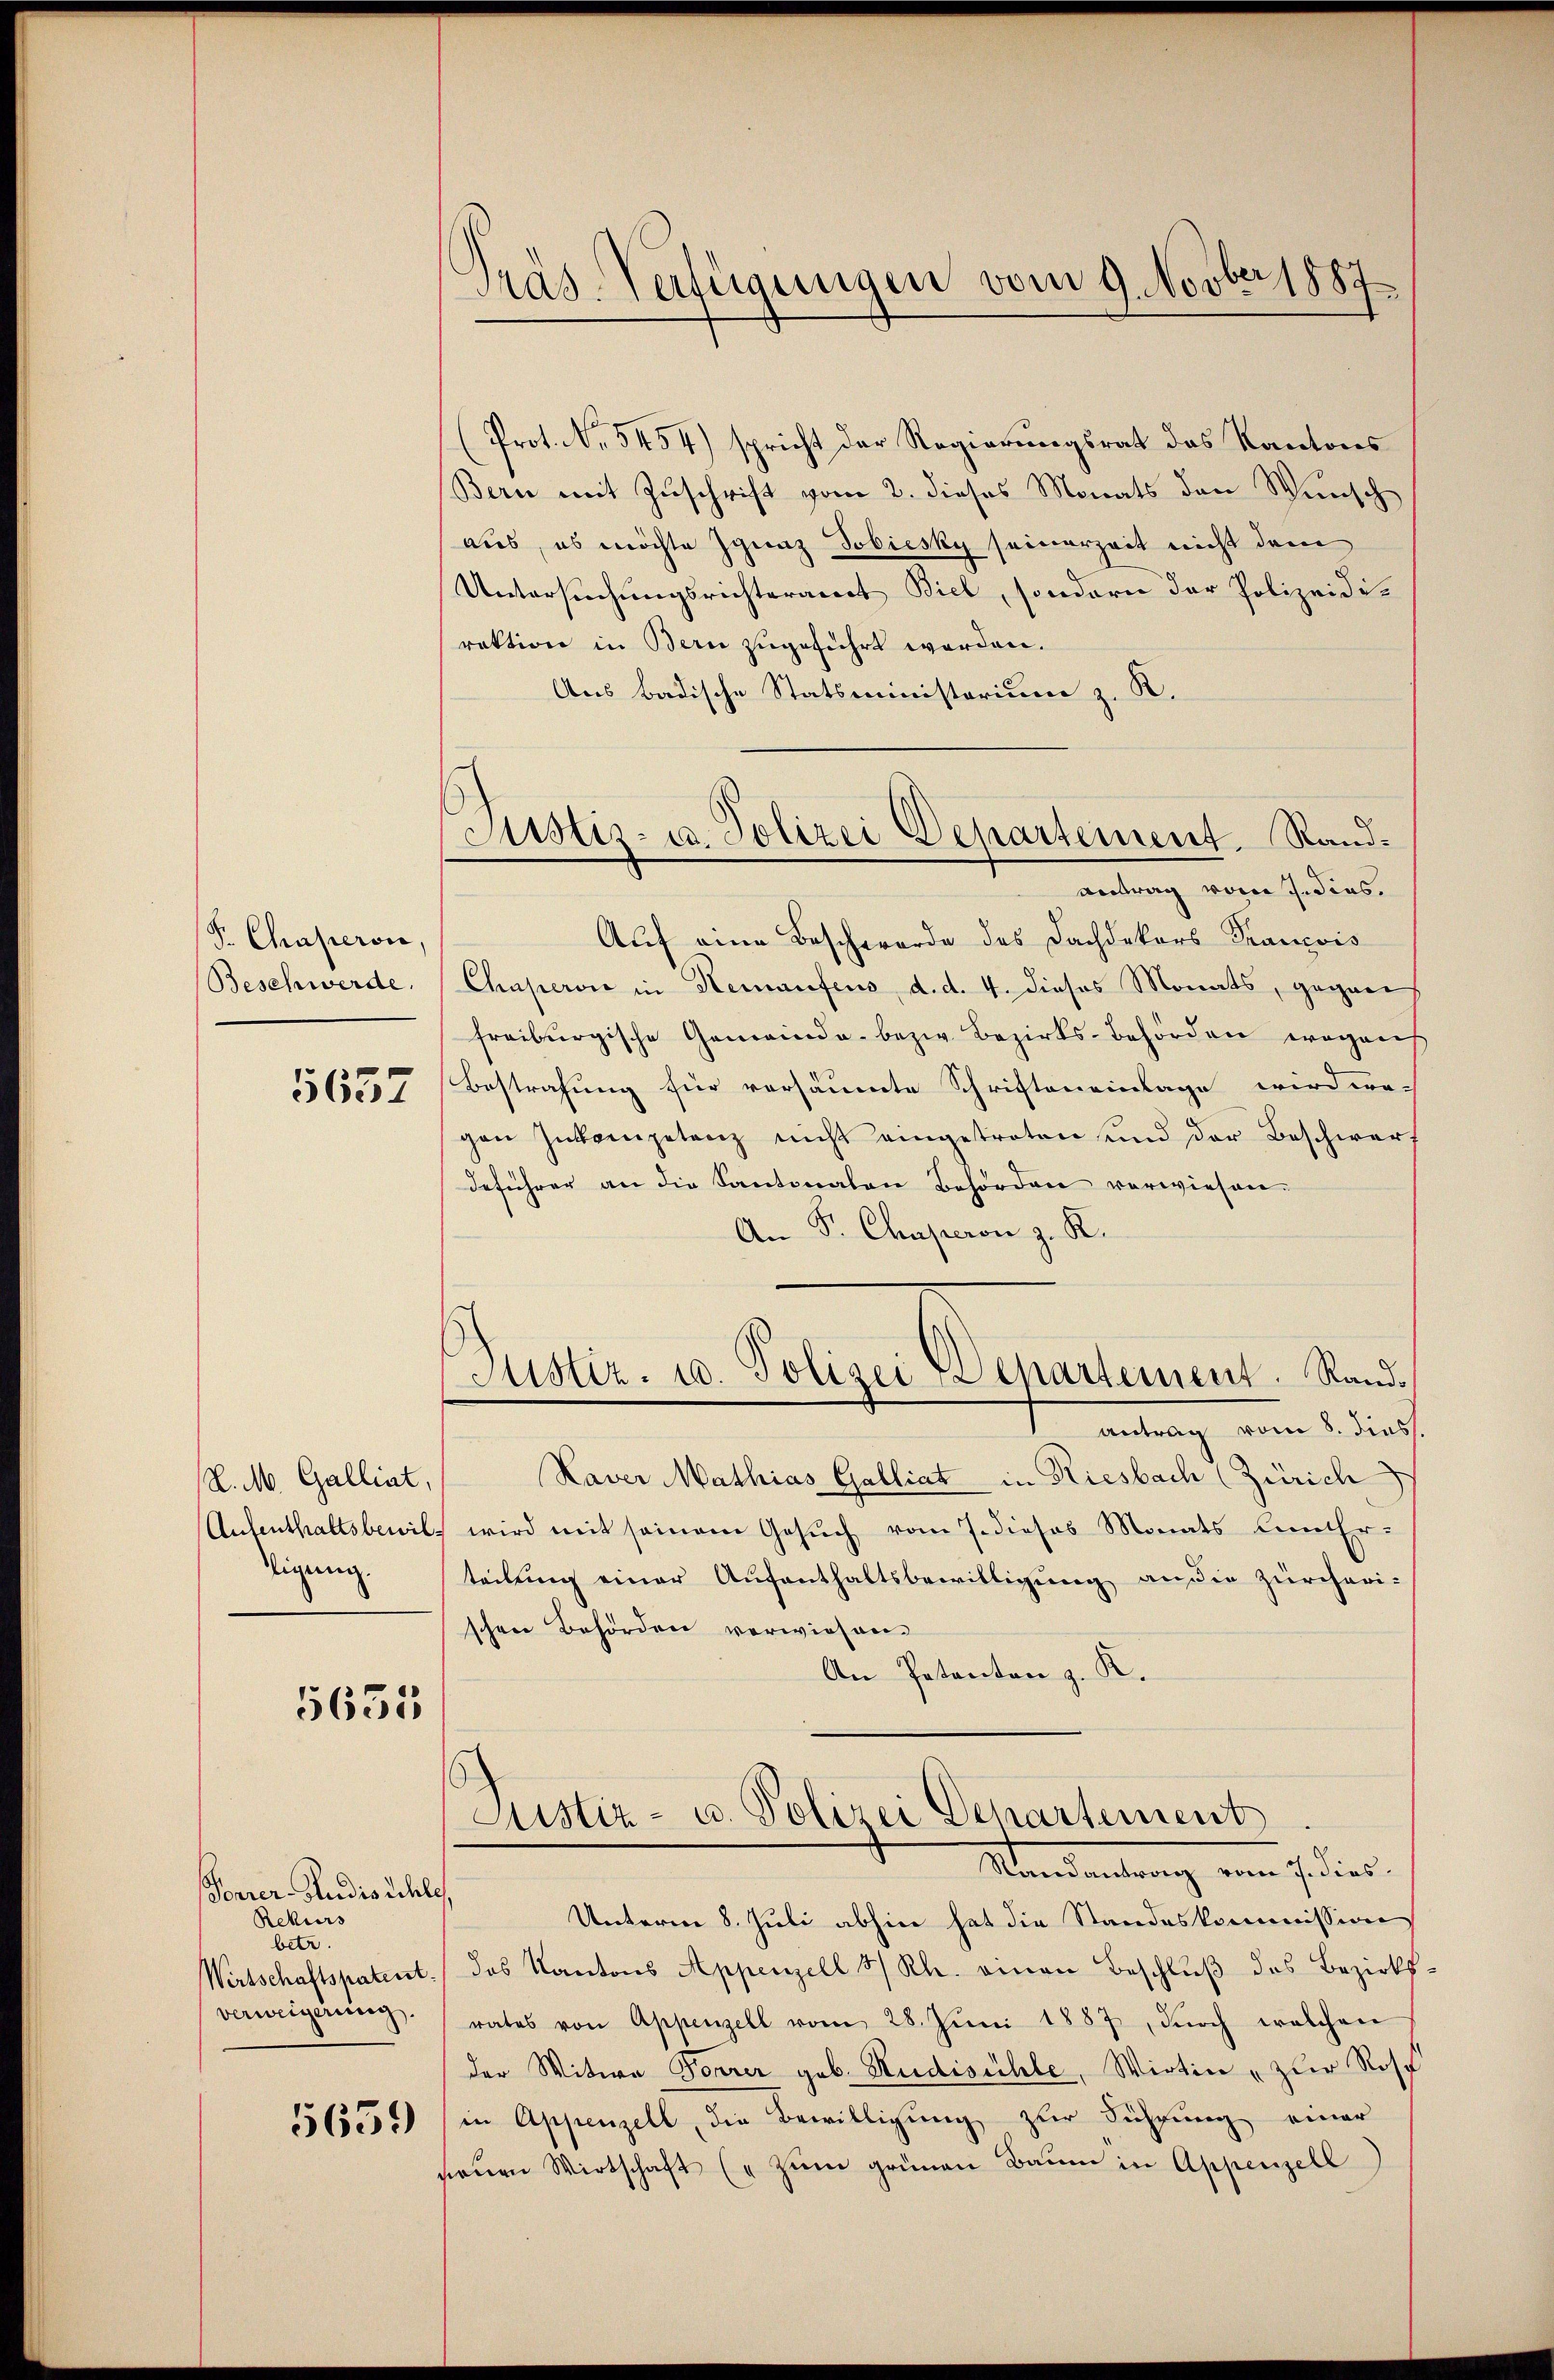
P. Chaperon,
Beschwerde.

5657

(l. M. Galliat,
Aufenthaltsbewildigung.

5635

Perrer-Hudisüchl
Rekurs
betr.
Wirtschaftspatent
verweigerung.

5659

Präs. Verfügungen vom 9. Novber 1889

Sistiz- u. Polizei Departement. Randantrag vom J. dies.

Prot. No. 5454) spricht der Regierungsrat des Kantons
Bern mit Zuschrift vom 2. dieses Monats den Wunsch
aus, ob möchte Ignaz Tobiesky seinerzeit nicht dem
Untersuchungsrichteramt Biel, sondern der Polizeidirektion in Bern zugeführt worden.
Aus Badische Statsministorium z. R.
Auf eine Beschwerde des Dachdekors Prancois
Chaperon in Heraufens, d. d. 4. dieses Monats, gegene
freiburgische Gemeinde bezw. Bezirks-Behörden wegens
Bestrafung für versäumte Schriften einlage wird wach
gen Inkompetenz nicht eingetreten und der Beschwerf
deführer an die Kantonalen Behörden verwiesen.
An P. Chaperon z. K.
Justiz- u. Polizei-Lepartement. Randantrag vom 8. diess.
Kaver Mathias Galliat in Riesbach (Zürich
wird mit seinem Gesuch vom 7. dieses Monats dem Erteilung einer Aufenthaltsbewilligung an die Zürcherischen Behörden vorwiesen.
An Petenton z. R.

s
Justiz- u. Polizei Departement
Mandantung vom 7. dies

Unterm 8. Juli abhin hat die Standeskommission
das Kantons Appenzell & Rh. einen Beschlŭβ des Bezirks-
rates von Appenzell vom 28. Juni 1887, dŭrch welchen
der Witwe Forrer geb. Rudisüchte, Wirtin " zur Rosp
in Appenzell, die Bewilligung zur Führung einer
neŭen Wirtschaft (" zŭm grünen Baum in Appenzell